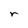
Character: r